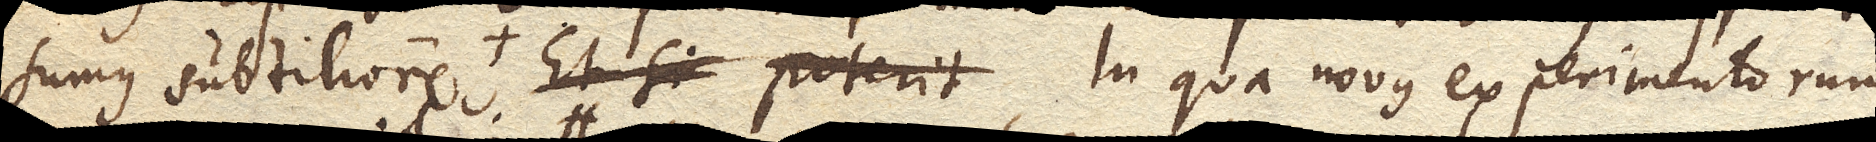
sumus subtiliore. Et si Poterit in qua novus experimentorum